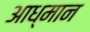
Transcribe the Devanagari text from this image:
आध्मान